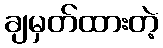
ချမှတ်ထားတဲ့